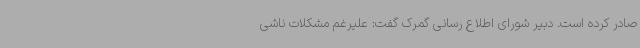
صادر کرده است. دبیر شورای اطلاع رسانی گمرک گفت: علیرغم مشکلات ناشی